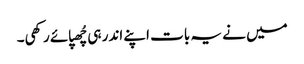
میں نے یہ بات اپنے اندر ہی چُھپائے رکھی۔